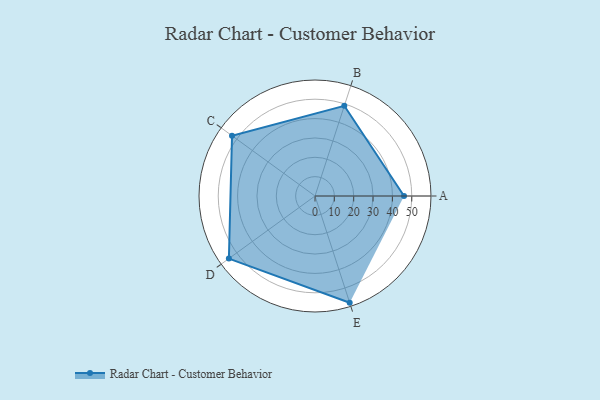
{"axis": {"x": "Skill", "y": "Score"}, "legend": ["Profile"], "data": [{"x": "A", "y": 46.0, "type": "Profile"}, {"x": "B", "y": 49.0, "type": "Profile"}, {"x": "C", "y": 53.0, "type": "Profile"}, {"x": "D", "y": 55.0, "type": "Profile"}, {"x": "E", "y": 58.0, "type": "Profile"}]}